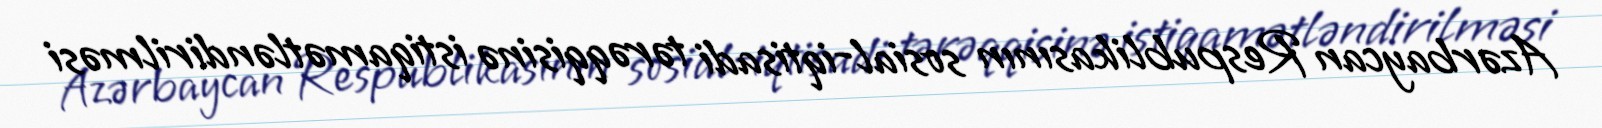
Azərbaycan Respublikasının sosial-iqtisadi tərəqqisinə istiqamətləndirilməsi